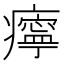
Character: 𤻝